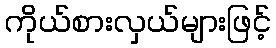
ကိုယ်စားလှယ်များဖြင့်